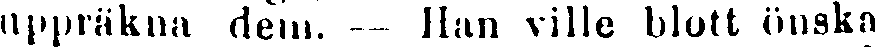
uppräkna dem. — Han ville blott önska